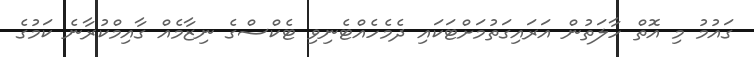
ގައުމު މި އޮތް ހާލަތުން އަރައިގަތުމަށްޓަކައި ދެމެހެއްޓެނިވި ޓެކްސްގެ ނިޒާމެއް ގާއިމްކުރާނެ ކަމުގެ